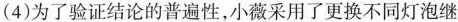
(4)为了验证结论的普遍性，小薇采用了更换不同灯泡继